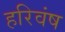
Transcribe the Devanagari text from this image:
हरिवंष